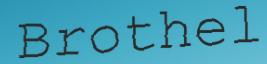
Brothel